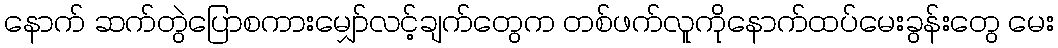
နောက် ဆက်တွဲပြောစကားမျှော်လင့်ချက်တွေက တစ်ဖက်လူကိုနောက်ထပ်မေးခွန်းတွေ မေး